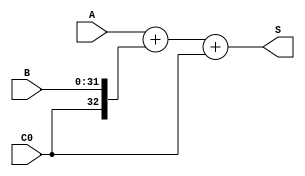
`timescale 1ns / 1ps
//////////////////////////////////////////////////////////////////////////////////
// Company: 
// Engineer: 
// 
// Design Name: 
// Module Name:    ADC32 
// Project Name: 
// Target Devices: 
// Tool versions: 
// Description: 
//
// Dependencies: 
//
// Revision: 
// Revision 0.01 - File Created
// Additional Comments: 
//
//////////////////////////////////////////////////////////////////////////////////
module ADC32(input [31:0]A,input [31:0]B,input C0,output [32:0]S
    );
	assign B0=C0^1'b0;
	assign S={1'b0,A}+{B0,B}+C0;

endmodule